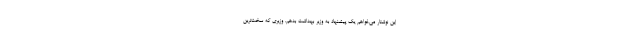
این نوشتار می‌خواهم یک پیشنهاد به وزیر بهداشت بدهم. وزیری که سخت‌ترین